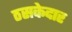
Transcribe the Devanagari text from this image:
ठसकेदार